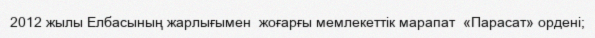
2012 жылы Елбасының жарлығымен  жоғарғы мемлекеттік марапат  «Парасат» ордені;